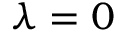
\lambda = 0